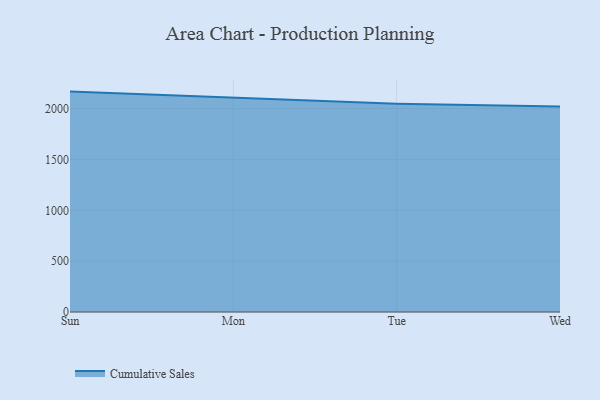
{"axis": {"x": "Day", "y": "Conversion Rate (%)"}, "legend": ["Cumulative Sales"], "data": [{"x": "Sun", "y": 2167.8, "type": "Cumulative Sales"}, {"x": "Mon", "y": 2109.8, "type": "Cumulative Sales"}, {"x": "Tue", "y": 2048.9, "type": "Cumulative Sales"}, {"x": "Wed", "y": 2020.5, "type": "Cumulative Sales"}]}